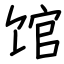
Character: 馆